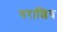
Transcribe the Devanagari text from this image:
पराशिव